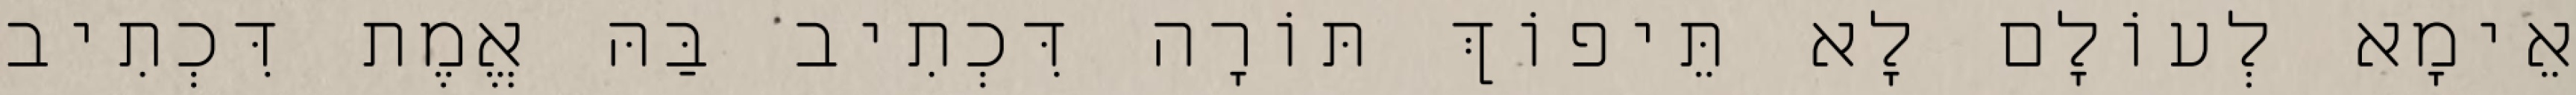
אֵימָא לְעוֹלָם לָא תֵּיפוֹךְ תּוֹרָה דִּכְתִיב בַּהּ אֱמֶת דִּכְתִיב